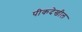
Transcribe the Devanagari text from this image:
पीकदेखील